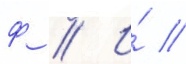
ф // И́ //